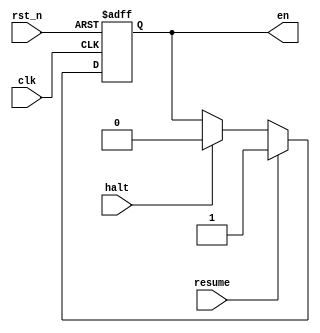
`timescale 1ns / 1ps

// Brief: Whether The Core Is Enabled, synchronized, auxiliary
module AuxWTCIE(clk, rst_n, resume, halt, en);
    input clk, rst_n, resume, halt;
    output reg en;

    always @(posedge clk, negedge rst_n) begin
        if (!rst_n)
            en <= 1'b1;
        else if (resume)
            en <= 1'b1;
        else if (halt)
            en <= 1'b0;
    end
endmodule